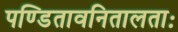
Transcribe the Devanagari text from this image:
पण्डितावनितालताः